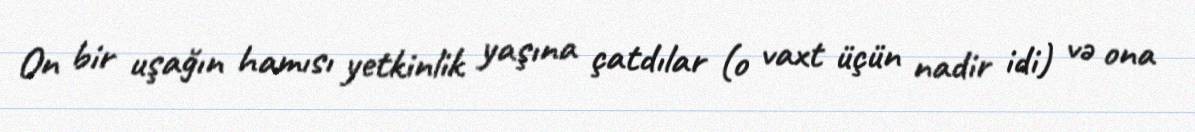
On bir uşağın hamısı yetkinlik yaşına çatdılar (o vaxt üçün nadir idi) və ona